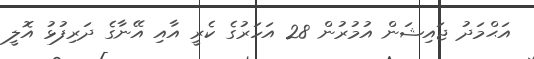
އަޙްމަދު ޖައިޝަން އުމުރުން 28 އަހަރުގެ ކެރީ އާއި އޭނާގެ ދަރިފުޅު އޮލީ